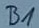
Text: B1